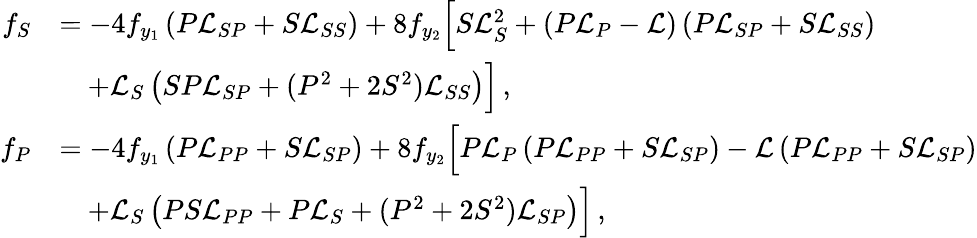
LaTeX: \begin{array}{rl}{f_{S}}&{=-4f_{y_{1}}\left(P\mathcal{L}_{SP}+S\mathcal{L}_{SS}\right)+8f_{y_{2}}\Big[S\mathcal{L}_{S}^{2}+\left(P\mathcal{L}_{P}-\mathcal{L}\right)\left(P\mathcal{L}_{SP}+S\mathcal{L}_{SS}\right)}\\ &{\quad+\mathcal{L}_{S}\left(SP\mathcal{L}_{SP}+(P^{2}+2S^{2})\mathcal{L}_{SS}\right)\Big]\, ,}\\ {f_{P}}&{=-4f_{y_{1}}\left(P\mathcal{L}_{PP}+S\mathcal{L}_{SP}\right)+8f_{y_{2}}\Big[P\mathcal{L}_{P}\left(P\mathcal{L}_{PP}+S\mathcal{L}_{SP}\right)-\mathcal{L}\left(P\mathcal{L}_{PP}+S\mathcal{L}_{SP}\right)}\\ &{\quad+\mathcal{L}_{S}\left(PS\mathcal{L}_{PP}+P\mathcal{L}_{S}+(P^{2}+2S^{2})\mathcal{L}_{SP}\right)\Big]\, ,}\end{array}